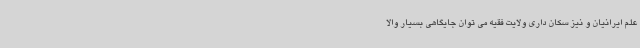
علم ایرانیان و نیز سکان داری ولایت فقیه می توان جایگاهی بسیار والا